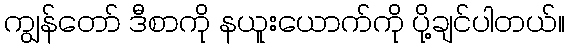
ကျွန်တော် ဒီစာကို နယူးယောက်ကို ပို့ချင်ပါတယ်။